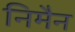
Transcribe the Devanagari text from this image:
निमैन